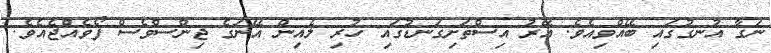
ނަގާ އުނގުގައި ބޭއްވިއެވެ. އޭރު އިސްތަށިގަނޑުގައި ހުރި ލެއިން އޭނަގެ ޖިންސްވެސް ފޯވެއްޖެއެވެ.